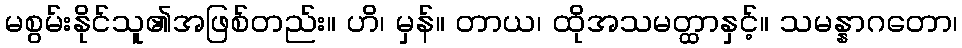
မစွမ်းနိုင်သူ၏အဖြစ်တည်း။ ဟိ၊ မှန်။ တာယ၊ ထိုအသမတ္ထာနှင့်။ သမန္နာဂတော၊